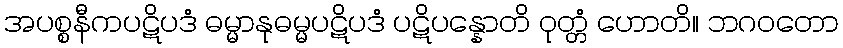
အပစ္စနီကပဋိပဒံ ဓမ္မာနုဓမ္မပဋိပဒံ ပဋိပန္နောတိ ဝုတ္တံ ဟောတိ။ ဘဂဝတော